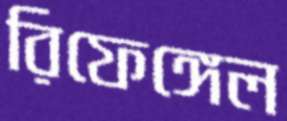
রিফেঙ্গেল